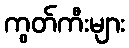
ကွတ်ကီးများ